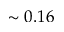
\sim 0 . 1 6